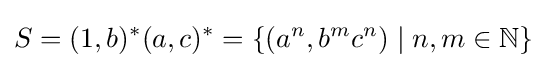
S=(1,b)^{*}(a,c)^{*}=\{(a^{n},b^{m}c^{n})\mid n,m\in \mathbb {N} \}